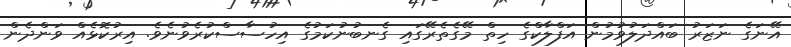
އޭނަގެ ނަޒަރު ބައްދަލުވުމުން އަފްލާކްގެ ހިތް މޭގެތެރޭގައި ގެނބުނުކަމުގެ އިހުސާސްކުރެވުނެވެ. އިރުކޮޅެއް ވަންދެން